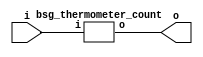


module top
(
  i,
  o
);

  input [15:0] i;
  output [4:0] o;

  bsg_thermometer_count
  wrapper
  (
    .i(i),
    .o(o)
  );


endmodule



module bsg_encode_one_hot_width_p1
(
  i,
  addr_o,
  v_o
);

  input [0:0] i;
  output [0:0] addr_o;
  output v_o;
  wire [0:0] addr_o;
  wire v_o;
  assign v_o = i[0];
  assign addr_o[0] = 1'b0;

endmodule



module bsg_encode_one_hot_width_p2
(
  i,
  addr_o,
  v_o
);

  input [1:0] i;
  output [0:0] addr_o;
  output v_o;
  wire [0:0] addr_o,aligned_vs;
  wire v_o;
  wire [1:0] aligned_addrs;

  bsg_encode_one_hot_width_p1
  aligned_left
  (
    .i(i[0]),
    .addr_o(aligned_addrs[0]),
    .v_o(aligned_vs[0])
  );


  bsg_encode_one_hot_width_p1
  aligned_right
  (
    .i(i[1]),
    .addr_o(aligned_addrs[1]),
    .v_o(addr_o[0])
  );

  assign v_o = addr_o[0] | aligned_vs[0];

endmodule



module bsg_encode_one_hot_width_p4
(
  i,
  addr_o,
  v_o
);

  input [3:0] i;
  output [1:0] addr_o;
  output v_o;
  wire [1:0] addr_o,aligned_addrs;
  wire v_o;
  wire [0:0] aligned_vs;

  bsg_encode_one_hot_width_p2
  aligned_left
  (
    .i(i[1:0]),
    .addr_o(aligned_addrs[0]),
    .v_o(aligned_vs[0])
  );


  bsg_encode_one_hot_width_p2
  aligned_right
  (
    .i(i[3:2]),
    .addr_o(aligned_addrs[1]),
    .v_o(addr_o[1])
  );

  assign v_o = addr_o[1] | aligned_vs[0];
  assign addr_o[0] = aligned_addrs[0] | aligned_addrs[1];

endmodule



module bsg_encode_one_hot_width_p8
(
  i,
  addr_o,
  v_o
);

  input [7:0] i;
  output [2:0] addr_o;
  output v_o;
  wire [2:0] addr_o;
  wire v_o;
  wire [3:0] aligned_addrs;
  wire [0:0] aligned_vs;

  bsg_encode_one_hot_width_p4
  aligned_left
  (
    .i(i[3:0]),
    .addr_o(aligned_addrs[1:0]),
    .v_o(aligned_vs[0])
  );


  bsg_encode_one_hot_width_p4
  aligned_right
  (
    .i(i[7:4]),
    .addr_o(aligned_addrs[3:2]),
    .v_o(addr_o[2])
  );

  assign v_o = addr_o[2] | aligned_vs[0];
  assign addr_o[1] = aligned_addrs[1] | aligned_addrs[3];
  assign addr_o[0] = aligned_addrs[0] | aligned_addrs[2];

endmodule



module bsg_encode_one_hot_width_p16
(
  i,
  addr_o,
  v_o
);

  input [15:0] i;
  output [3:0] addr_o;
  output v_o;
  wire [3:0] addr_o;
  wire v_o;
  wire [5:0] aligned_addrs;
  wire [0:0] aligned_vs;

  bsg_encode_one_hot_width_p8
  aligned_left
  (
    .i(i[7:0]),
    .addr_o(aligned_addrs[2:0]),
    .v_o(aligned_vs[0])
  );


  bsg_encode_one_hot_width_p8
  aligned_right
  (
    .i(i[15:8]),
    .addr_o(aligned_addrs[5:3]),
    .v_o(addr_o[3])
  );

  assign v_o = addr_o[3] | aligned_vs[0];
  assign addr_o[2] = aligned_addrs[2] | aligned_addrs[5];
  assign addr_o[1] = aligned_addrs[1] | aligned_addrs[4];
  assign addr_o[0] = aligned_addrs[0] | aligned_addrs[3];

endmodule



module bsg_encode_one_hot_width_p32
(
  i,
  addr_o,
  v_o
);

  input [31:0] i;
  output [4:0] addr_o;
  output v_o;
  wire [4:0] addr_o;
  wire v_o;
  wire [7:0] aligned_addrs;
  wire [0:0] aligned_vs;

  bsg_encode_one_hot_width_p16
  aligned_left
  (
    .i(i[15:0]),
    .addr_o(aligned_addrs[3:0]),
    .v_o(aligned_vs[0])
  );


  bsg_encode_one_hot_width_p16
  aligned_right
  (
    .i(i[31:16]),
    .addr_o(aligned_addrs[7:4]),
    .v_o(addr_o[4])
  );

  assign v_o = addr_o[4] | aligned_vs[0];
  assign addr_o[3] = aligned_addrs[3] | aligned_addrs[7];
  assign addr_o[2] = aligned_addrs[2] | aligned_addrs[6];
  assign addr_o[1] = aligned_addrs[1] | aligned_addrs[5];
  assign addr_o[0] = aligned_addrs[0] | aligned_addrs[4];

endmodule



module bsg_encode_one_hot_width_p17
(
  i,
  addr_o,
  v_o
);

  input [16:0] i;
  output [4:0] addr_o;
  output v_o;
  wire [4:0] addr_o;
  wire v_o;

  bsg_encode_one_hot_width_p32
  unaligned_align
  (
    .i({ 1'b0, 1'b0, 1'b0, 1'b0, 1'b0, 1'b0, 1'b0, 1'b0, 1'b0, 1'b0, 1'b0, 1'b0, 1'b0, 1'b0, 1'b0, i }),
    .addr_o(addr_o),
    .v_o(v_o)
  );


endmodule



module bsg_thermometer_count
(
  i,
  o
);

  input [15:0] i;
  output [4:0] o;
  wire [4:0] o;
  wire N0,N1,N2,N3,N4,N5,N6,N7,N8,N9,N10,N11,N12,N13,N14;
  wire [15:0] big_one_hot;

  bsg_encode_one_hot_width_p17
  big_encode_one_hot
  (
    .i({ i[15:15], big_one_hot }),
    .addr_o(o)
  );

  assign big_one_hot[15] = N0 & i[14];
  assign N0 = ~i[15];
  assign big_one_hot[14] = N1 & i[13];
  assign N1 = ~i[14];
  assign big_one_hot[13] = N2 & i[12];
  assign N2 = ~i[13];
  assign big_one_hot[12] = N3 & i[11];
  assign N3 = ~i[12];
  assign big_one_hot[11] = N4 & i[10];
  assign N4 = ~i[11];
  assign big_one_hot[10] = N5 & i[9];
  assign N5 = ~i[10];
  assign big_one_hot[9] = N6 & i[8];
  assign N6 = ~i[9];
  assign big_one_hot[8] = N7 & i[7];
  assign N7 = ~i[8];
  assign big_one_hot[7] = N8 & i[6];
  assign N8 = ~i[7];
  assign big_one_hot[6] = N9 & i[5];
  assign N9 = ~i[6];
  assign big_one_hot[5] = N10 & i[4];
  assign N10 = ~i[5];
  assign big_one_hot[4] = N11 & i[3];
  assign N11 = ~i[4];
  assign big_one_hot[3] = N12 & i[2];
  assign N12 = ~i[3];
  assign big_one_hot[2] = N13 & i[1];
  assign N13 = ~i[2];
  assign big_one_hot[1] = N14 & i[0];
  assign N14 = ~i[1];
  assign big_one_hot[0] = ~i[0];

endmodule